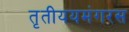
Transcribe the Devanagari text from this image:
तृतीययमंगरस